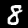
Label: 8